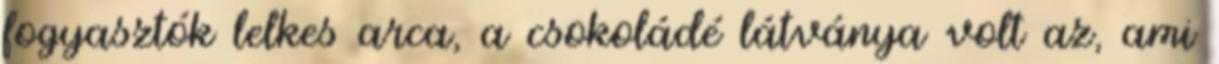
fogyasztók lelkes arca, a csokoládé látványa volt az, ami